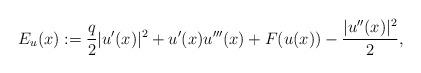
LaTeX: \begin{align*}E_u(x):=\frac{q}{2}|u'(x)|^2+u'(x)u'''(x)+F(u(x))-\frac{|u''(x)|^2}{2},\end{align*}